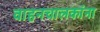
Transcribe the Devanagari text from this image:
वाहनचालकांना